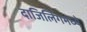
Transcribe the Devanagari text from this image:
दाजिर्लिंगमध्ये